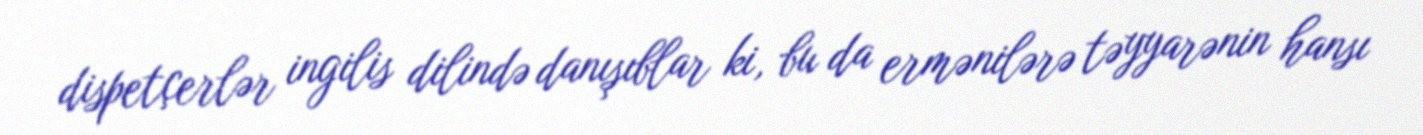
dispetçerlər ingilis dilində danışıblar ki, bu da ermənilərə təyyarənin hansı